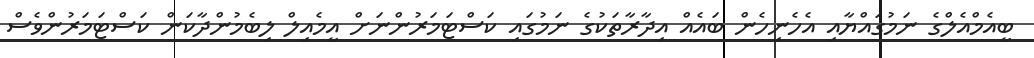
ބީއެމްއެލްގެ ނަމުގައްޔާއި އެހެނިހެން ބައެއް އިދާރާތަކުގެ ނަމުގައި ކަސްޓަމަރުންނަށް އީމެއިލް ލިބެމުންދާކަން ކަސްޓަމަރުންވެސް